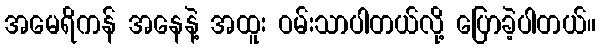
အမေရိကန် အနေနဲ့ အထူး ဝမ်းသာပါတယ်လို့ ပြောခဲ့ပါတယ်။